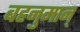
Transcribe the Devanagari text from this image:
बहनुमान्